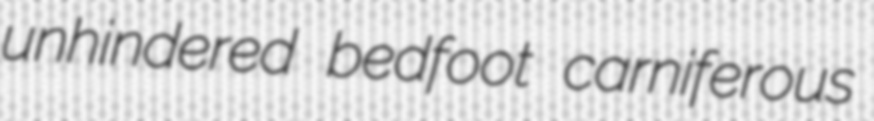
unhindered bedfoot carniferous